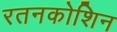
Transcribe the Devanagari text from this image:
रतनकोशिन